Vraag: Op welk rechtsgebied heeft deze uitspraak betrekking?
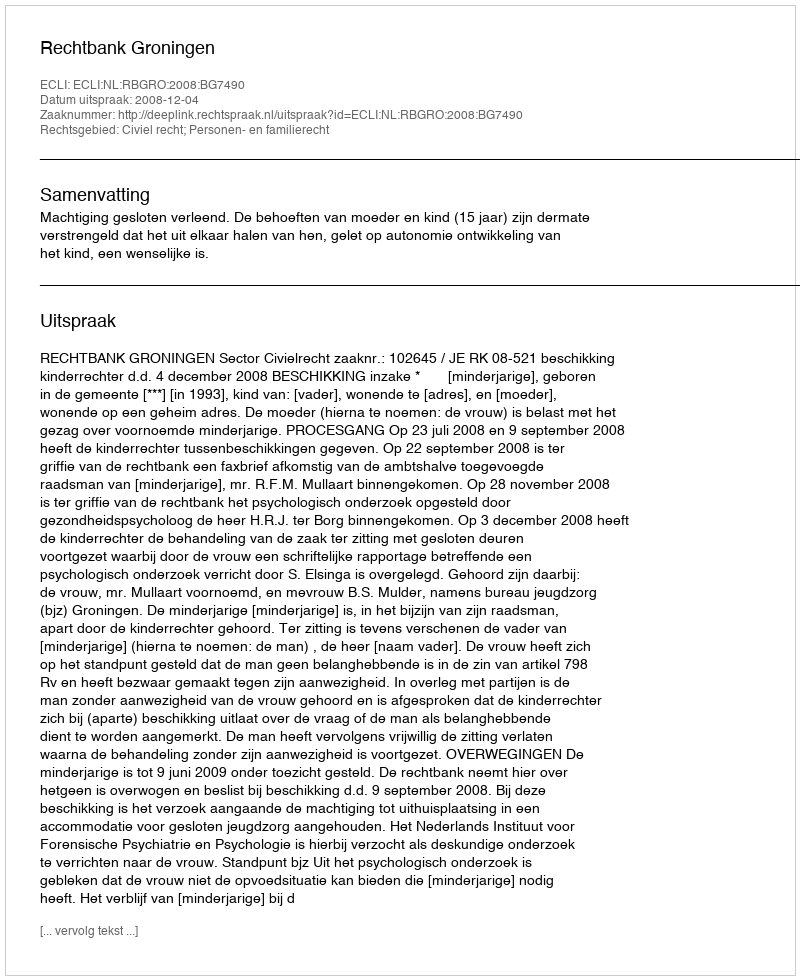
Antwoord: Civiel recht; Personen- en familierecht